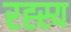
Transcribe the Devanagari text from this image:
रह्स्य